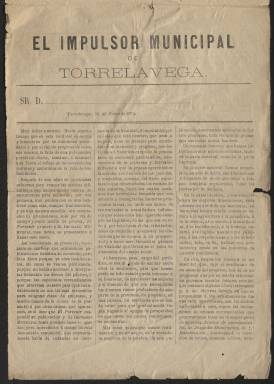
Título: El Impulsor municipal de Torrelavega
Colección: Periódicos
Ámbito geográfico: Cantabria
Lugar de publicación: Torrelavega
Fechas: 30/01/1874-08/11/1874